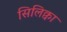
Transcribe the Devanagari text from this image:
सिलिक्वा